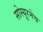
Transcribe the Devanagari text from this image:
सोस्यूरनेच